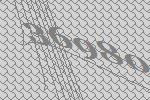
36980